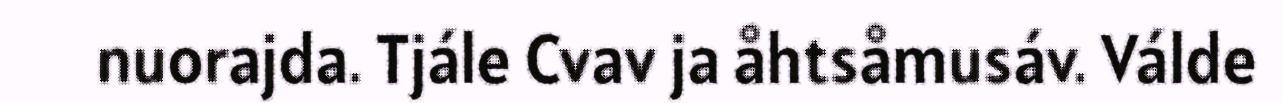
nuorajda. Tjále Cvav ja åhtsåmusáv. Válde